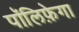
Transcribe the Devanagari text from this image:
पॉलिफ़ेगा